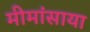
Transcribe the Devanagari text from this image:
मीमांसाया